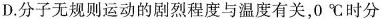
D.分子无规则运动的剧烈程度与温度有关，0℃时分